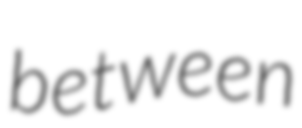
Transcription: between